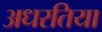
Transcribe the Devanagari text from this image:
अधरतिया